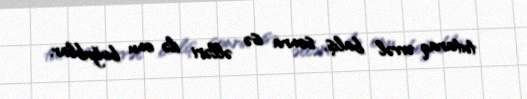
tutaraq əvvəl balış, sonra isə əlləri ilə onu boğublar.